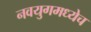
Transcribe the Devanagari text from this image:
नवयुगमध्येच